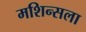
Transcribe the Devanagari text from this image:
मशिन्सला